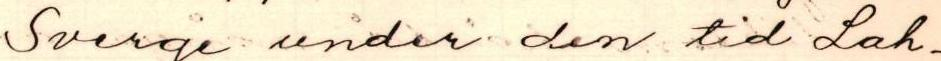
Sverge under den tid Lah-